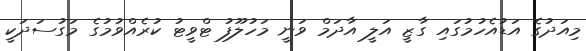
މިއަދުގެ އަޑުއެހުމުގައި ގާޒީ އަލީ އާދަމް ވަނީ މަހުލޫފު ޓްވީޓު ކުރެއްވުމުގެ މަގުސަދަކީ